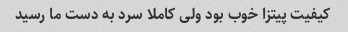
کیفیت پیتزا خوب بود ولی کاملا سرد به دست ما رسید